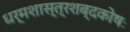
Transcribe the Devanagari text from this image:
धर्मशास्त्रशब्दकोषः